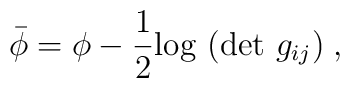
\bar{\phi} = \phi - \frac {1} {2} {\rm log}~({\rm det}~ g_{ij})  \; ,